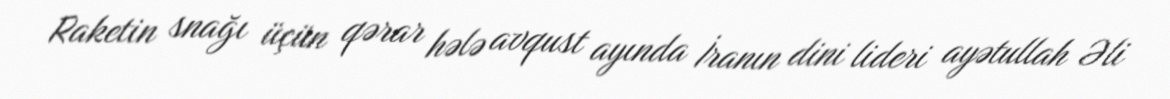
Raketin snağı üçün qərar hələ avqust ayında İranın dini lideri ayətullah Əli